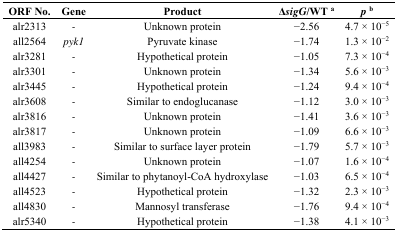
<table><thead><tr><td><b>ORF No.</b></td><td><b>Gene</b></td><td><b>Product</b></td><td><b>Δ<i>sigG</i>/WT <sup>a</sup></b></td><td><b><i>p</i><sup>b</sup></b></td></tr></thead><tbody><tr><td>alr2313</td><td><i>-</i></td><td>Unknown protein</td><td>−2.56</td><td>4.7 × 10<sup>−5</sup></td></tr><tr><td>all2564</td><td><i>pyk1</i></td><td>Pyruvate kinase</td><td>−1.74</td><td>1.3 × 10<sup>−2</sup></td></tr><tr><td>alr3281</td><td><i>-</i></td><td>Hypothetical protein</td><td>−1.05</td><td>7.3 × 10<sup>−4</sup></td></tr><tr><td>alr3301</td><td><i>-</i></td><td>Unknown protein</td><td>−1.34</td><td>5.6 × 10<sup>−3</sup></td></tr><tr><td>alr3445</td><td><i>-</i></td><td>Hypothetical protein</td><td>−1.24</td><td>9.4 × 10<sup>−4</sup></td></tr><tr><td>alr3608</td><td><i>-</i></td><td>Similar to endoglucanase</td><td>−1.12</td><td>3.0 × 10<sup>−3</sup></td></tr><tr><td>alr3816</td><td><i>-</i></td><td>Unknown protein</td><td>−1.41</td><td>3.6 × 10<sup>−3</sup></td></tr><tr><td>alr3817</td><td><i>-</i></td><td>Unknown protein</td><td>−1.09</td><td>6.6 × 10<sup>−3</sup></td></tr><tr><td>all3983</td><td><i>-</i></td><td>Similar to surface layer protein</td><td>−1.79</td><td>5.7 × 10<sup>−3</sup></td></tr><tr><td>all4254</td><td><i>-</i></td><td>Unknown protein</td><td>−1.07</td><td>1.6 × 10<sup>−4</sup></td></tr><tr><td>all4427</td><td><i>-</i></td><td>Similar to phytanoyl-CoA hydroxylase</td><td>−1.03</td><td>6.5 × 10<sup>−4</sup></td></tr><tr><td>all4523</td><td><i>-</i></td><td>Hypothetical protein</td><td>−1.32</td><td>2.3 × 10<sup>−3</sup></td></tr><tr><td>all4830</td><td><i>-</i></td><td>Mannosyl transferase</td><td>−1.76</td><td>9.4 × 10<sup>−4</sup></td></tr><tr><td>alr5340</td><td><i>-</i></td><td>Hypothetical protein</td><td>−1.38</td><td>4.1 × 10<sup>−3</sup></td></tr></tbody></table>